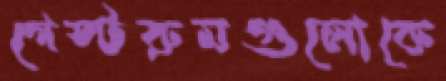
গেস্টরুমগুলোকে